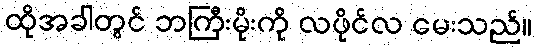
ထိုအခါတွင် ဘကြီးမိုးကို လဖိုင်လ မေးသည်။